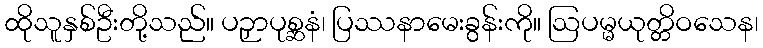
ထိုသူနှစ်ဦးတို့သည်။ ပဉှာပုစ္ဆနံ၊ ပြဿနာမေးခွန်းကို။ ဩပမ္မယုတ္တိဝသေန၊